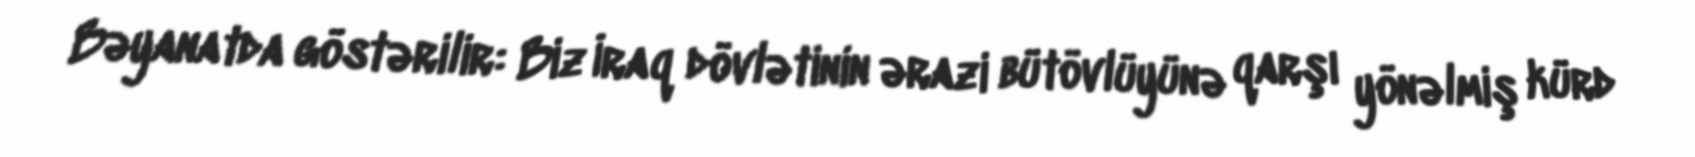
Bəyanatda göstərilir: Biz İraq dövlətinin ərazi bütövlüyünə qarşı yönəlmiş kürd